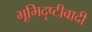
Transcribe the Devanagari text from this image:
भूमिदृष्टीवादी